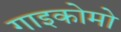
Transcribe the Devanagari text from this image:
गाइकोमो